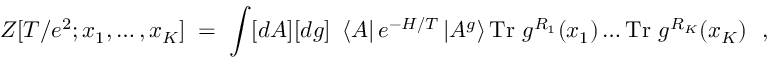
Z [ T / e ^ { 2 } ; x _ { 1 } , \ldots , x _ { K } ] \; = \; \int [ d A ] [ d g ] ~ \left< A \right| e ^ { - H / T } \left| A ^ { g } \right> \mathrm { T r } ~ g ^ { R _ { 1 } } ( x _ { 1 } ) \ldots \mathrm { T r } ~ g ^ { R _ { K } } ( x _ { K } ) ~ ~ ,